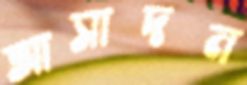
আসাদন